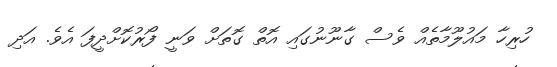
ހުރިހާ މައުލޫމާތެއް ވެސް ގާނޫނުގައި އޮތް ގޮތަށް ވަނީ ފޯރުކޮށްދީފަ އެވެ. އަދި